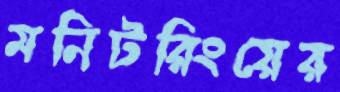
মনিটরিংয়ের